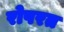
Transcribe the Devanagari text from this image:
रोषरत